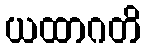
ယထာဂတိ